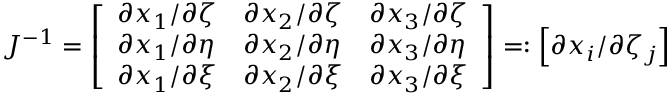
J ^ { - 1 } = \left[ \begin{array} { l l l } { \partial x _ { 1 } / \partial \zeta } & { \partial x _ { 2 } / \partial \zeta } & { \partial x _ { 3 } / \partial \zeta } \\ { \partial x _ { 1 } / \partial \eta } & { \partial x _ { 2 } / \partial \eta } & { \partial x _ { 3 } / \partial \eta } \\ { \partial x _ { 1 } / \partial \xi } & { \partial x _ { 2 } / \partial \xi } & { \partial x _ { 3 } / \partial \xi } \end{array} \right] = : \left[ \partial x _ { i } / \partial \zeta _ { j } \right]